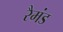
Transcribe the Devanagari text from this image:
रैमंड